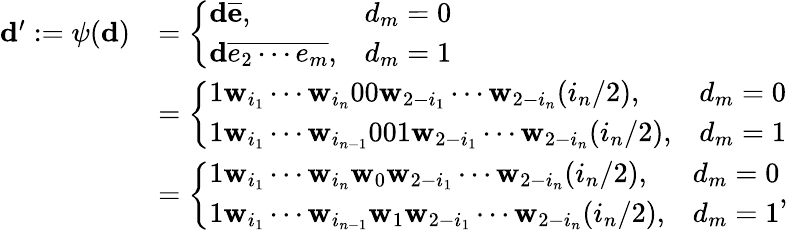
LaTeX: \begin{array}{rl}{\mathbf d^{\prime}:=\psi(\mathbf d)}&{=\left\{ \begin{array}{ll}{\mathbf d\overline{{\mathbf e}},}&{d_{m}=0}\\ {\mathbf d\overline{{e_{2}\cdots e_{m}}},}&{d_{m}=1}\end{array}\right.}\\ &{=\left\{ \begin{array}{ll}{1\mathbf w_{i_{1}}\cdots\mathbf w_{i_{n}}00\mathbf w_{2-i_{1}}\cdots\mathbf w_{2-i_{n}}(i_{n}/2),}&{d_{m}=0}\\ {1\mathbf w_{i_{1}}\cdots\mathbf w_{i_{n-1}}001\mathbf w_{2-i_{1}}\cdots\mathbf w_{2-i_{n}}(i_{n}/2),}&{d_{m}=1}\end{array}\right.}\\ &{=\left\{ \begin{array}{ll}{1\mathbf w_{i_{1}}\cdots\mathbf w_{i_{n}}\mathbf w_{0}\mathbf w_{2-i_{1}}\cdots\mathbf w_{2-i_{n}}(i_{n}/2),}&{d_{m}=0}\\ {1\mathbf w_{i_{1}}\cdots\mathbf w_{i_{n-1}}\mathbf w_{1}\mathbf w_{2-i_{1}}\cdots\mathbf w_{2-i_{n}}(i_{n}/2),}&{d_{m}=1}\end{array}\right.,}\end{array}